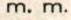
m. m.